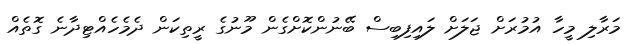
މަރާލި މީހާ އުމުރަށް ޖަލަށް ލައިފިބިސް ބޭނުންކޮށްގެން މޫނުގެ ރީތިކަން ދެމެހެއްޓިދާނެ ގޮތެއް